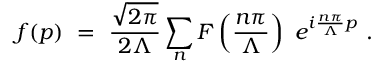
f ( p ) \ = \ { \frac { \sqrt { 2 \pi } } { 2 \Lambda } } \sum _ { n } F \left( { \frac { n \pi } { \Lambda } } \right) \ e ^ { i { \frac { n \pi } { \Lambda } } p } \ .